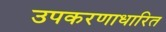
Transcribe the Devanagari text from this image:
उपकरणाधारित